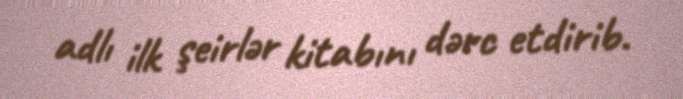
adlı ilk şeirlər kitabını dərc etdirib.